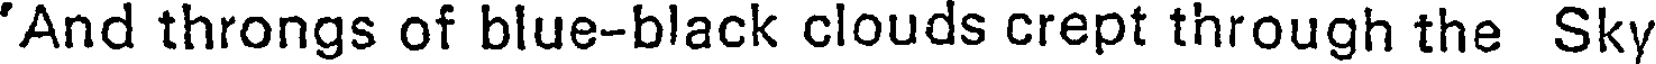
'And throngs of blue-black clouds crept through the Sky